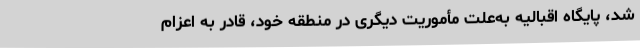
شد، پایگاه اقبالیه به‌علت مأموریت دیگری در منطقهٔ خود، قادر به اعزام